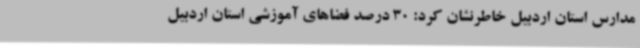
مدارس استان اردبیل خاطرنشان کرد: 30 درصد فضاهای آموزشی استان اردبیل